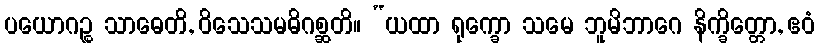
ပယောဂဉ္စ သာဓေတိ, ဝိသေသမဓိဂစ္ဆတိ။ “ယထာ ရုက္ခော သမေ ဘူမိဘာဂေ နိက္ခိတ္တော, ဧဝံ